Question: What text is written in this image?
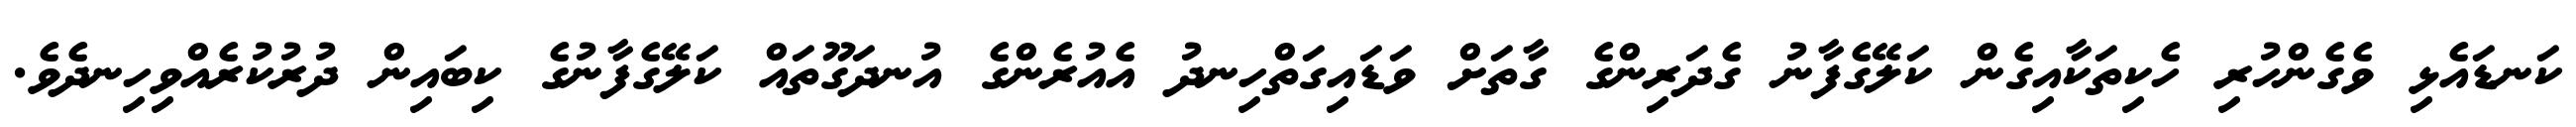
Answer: ކަނޑައެޅި ވެގެންހުރި ހެކިތަކާއިގެން ކަލޭގެފާނު ގެދަރިންގެ ގާތަށް ވަޑައިގަތްހިނދު އެއުރެންގެ އުނދަގޫތައް ކަލޭގެފާނުގެ ކިބައިން ދުރުކުރެއްވިހިނދެވެ.